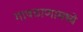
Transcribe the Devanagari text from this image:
गावठाणामध्ये